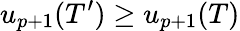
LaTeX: u_{p+1}(T^{\prime})\geq u_{p+1}(T)